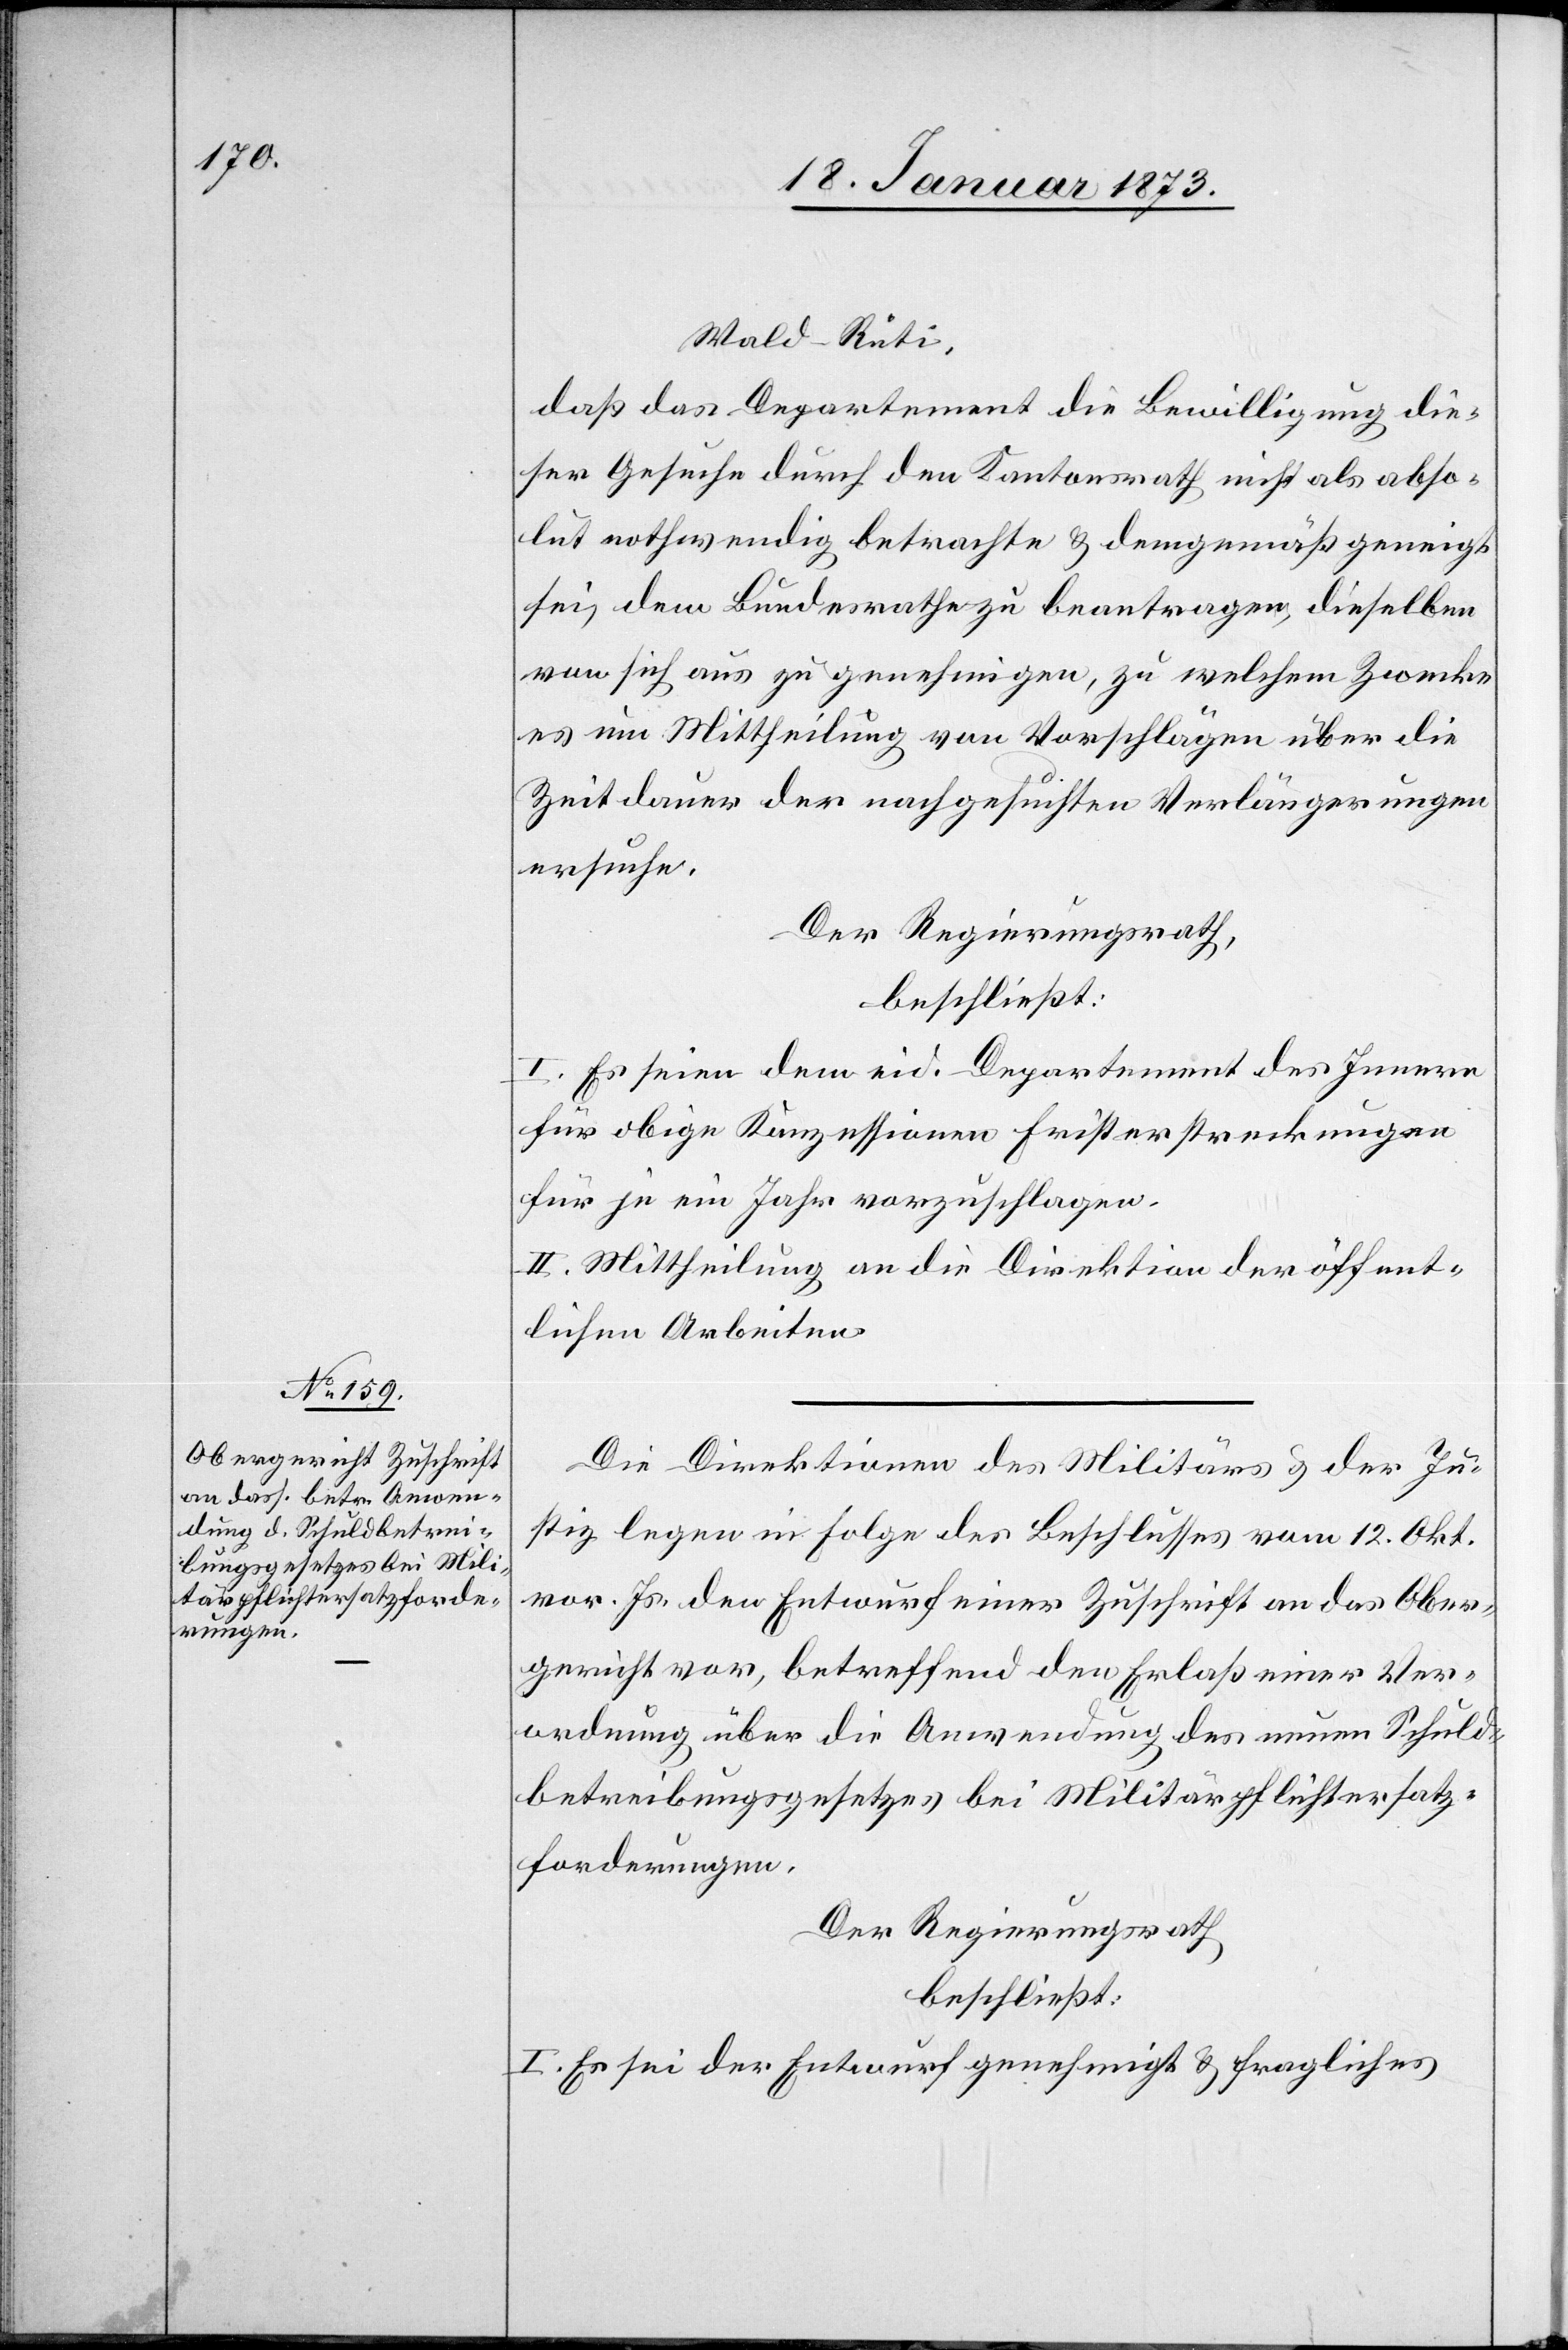
Wald–Rüti,
daß das Departement die Bewilligung die¬
ser Gesuche durch den Kantonsrath nicht als abso¬
lut nothwendig betrachte u. demgemäß geneigt
sei, dem Bundesrathe zu beantragen, dieselben
von sich aus zu genehmigen, zu welchem Zwecke
es um Mittheilung von Vorschlägen über die
Zeitdauer der nachgesuchten Verlängerungen
ersuche.
Der Regierungsrath,
beschließt:
I. Es seien dem eid. Departement des Innern
für obige Konzessionen Fristerstreckungen
für je ein Jahr vorzuschlagen.
II. Mittheilung an die Direktion der öffent¬
lichen Arbeiten.
Die Direktion des Militärs u. der Ju¬
stiz legen in Folge des Beschlusses vom 12. Okt.
vor. Js. den Entwurf einer Zuschrift an das Ober¬
gericht vor, betreffend den Erlaß einer Ver¬
ordnung über die Anwendung des neuen Schuld¬
betreibungsgesetzes bei Militärpflichtersatz¬
forderungen.
Der Regierungsrath
beschließt:
I. Es sei der Entwurf genehmigt u. fragliches